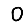
Digit: 0